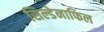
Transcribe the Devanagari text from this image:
सिल्डेनाफिल